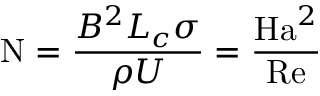
\mathrm { N } = { \frac { B ^ { 2 } L _ { c } \sigma } { \rho U } } = { \frac { \mathrm { H a } ^ { 2 } } { \mathrm { R e } } }